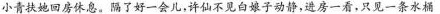
小青扶她回房休息。隔了好-一会儿，许仙不见白娘子动静，进房一看，只见一条水桶